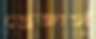
ড্রেজার্স